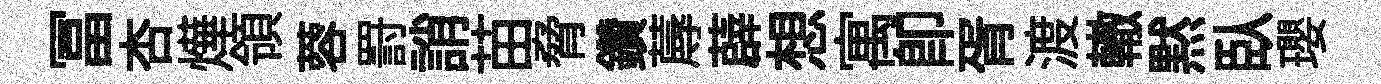
冨杏燁領蓉罸誚苗脅鑽蓐薜想寓卽胥渡轍黙臥瓔